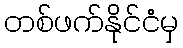
တစ်ဖက်နိုင်ငံမှ